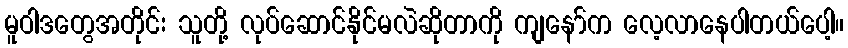
မူဝါဒတွေအတိုင်း သူတို့ လုပ်ဆောင်နိုင်မလဲဆိုတာကို ကျနော်က လေ့လာနေပါတယ်ပေါ့။